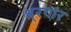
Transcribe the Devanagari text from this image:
श्र्रगांर